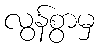
လွန်စွာမှ